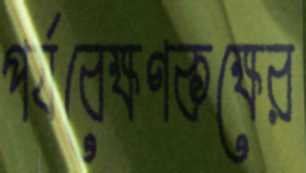
পর্যবেক্ষণকক্ষের